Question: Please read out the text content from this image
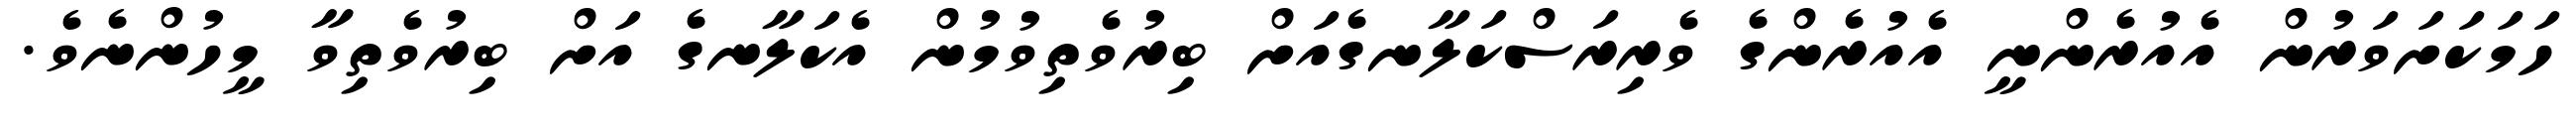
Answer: ހަމަކަށަވަރުން އެއުރެންނީ އެއުރެންގެ ވެރިރަސްކަލާނގެއަށް ބިރުވެތިވުމުން އެކަލާނގެ އަށް ބިރުވެތިވާ މީހުންނެވެ.